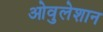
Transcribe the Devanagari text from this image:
ओवुलेशान